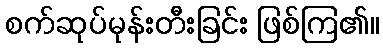
စက်ဆုပ်မုန်းတီးခြင်း ဖြစ်ကြ၏။